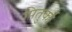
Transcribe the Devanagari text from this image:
पितुर्का